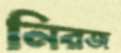
নিরজ